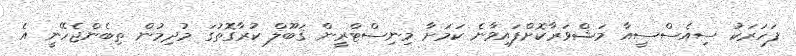
ފަހަރަކު ސިއެސްސީއާ މަޝްވަރާކޮށްފައިވާނެ ކަމަށާ މިނިސްޓްރީން ޤަބޫލް ކުރާގޮތުގަ މުދިމުން ތިބެންޖެހޭނީ އެ